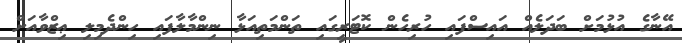
އޭނާގެ އުޅުމަށް ބަދަލެއް އައިސްފައި ހުރިހެން ކޮޓަރީގައި ތަންމަތިއަޅާ ނިންމާލާފައި ހިންދެމިލި ޢިޒްވާއަށް